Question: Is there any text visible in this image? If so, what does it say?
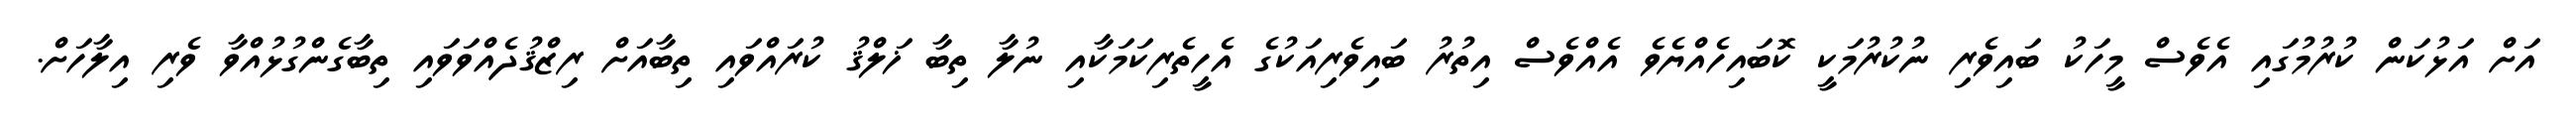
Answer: އަށް އަޅުކަން ކުރުމުގައި އެވެސް މީހަކު ބައިވެރި ނުކުރުމަކީ ކޮބައިހެއްޔެވެ އެއްވެސް އިތުރު ބައިވެރިއަކުގެ އެހީތެރިކަމަކާއި ނުލާ ތިބާ ޚަލްޤު ކުރައްވައި ތިބާއަށް ރިޒްޤުދެއްވަވައި ތިބާގެންގުޅުއްވާ ވެރި އިލާހަށް.